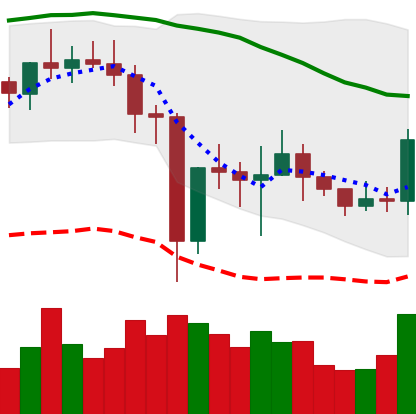
Ticker: NEO-USD
Chart end date: 2021-01-03
Forward return: 24.372%
Label: up_7plus